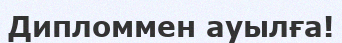
Дипломмен ауылға!